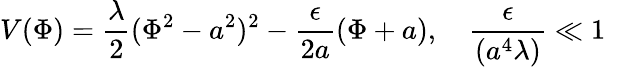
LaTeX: V(\Phi)=\frac{\lambda}{2}(\Phi^{2}-a^{2})^{2}-\frac{\epsilon}{2a}(\Phi+a),\quad\frac{\epsilon}{(a^{4}\lambda)}\ll 1\quad\;